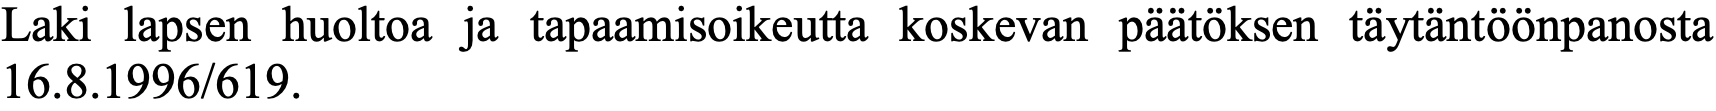
Laki lapsen huoltoa ja tapaamisoikeutta koskevan päätöksen täytäntöönpanosta 16.8.1996/619.